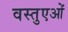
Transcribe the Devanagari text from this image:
वस्तुएओं